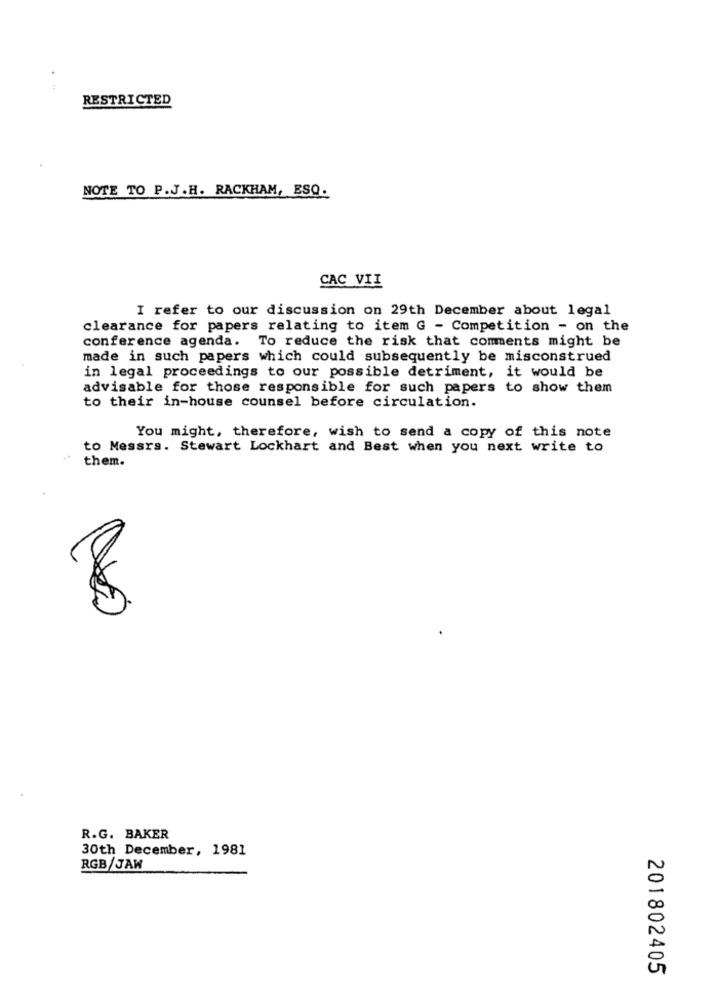
..
RESTRICTED
NOTE TO P.J.H. RACKHAM, ESQ.
CAC VII
I refer to our discussion on 29th December about legal
clearance for papers relating to item G - Competition - on the
conference agenda. To reduce the risk that comments might be
made in such papers which could subsequently be misconstrued
in legal proceedings to our possible detriment, it would be
advisable for those responsible for such papers to show them
to their in-house counsel before circulation.
You might, therefore, wish to send a copy of this note
to Messrs. Stewart Lockhart and Best when you next write to
them.
R.G. BAKER
30th December, 1981
RGB/JAW
201802405